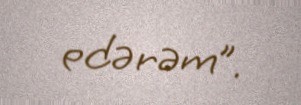
edərəm”.